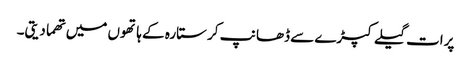
پرات گیلے کپڑے سے ڈھانپ کر ستارہ کے ہاتھوں میں تھما دیتی۔